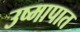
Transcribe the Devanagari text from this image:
उष्मापात